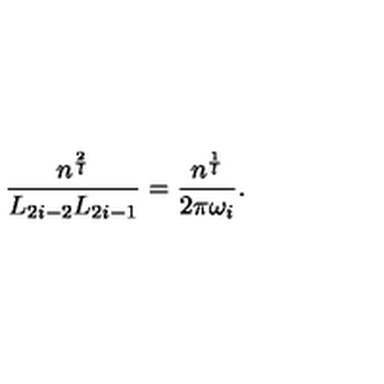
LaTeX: \frac { n ^ { \frac { 2 } { l } } } { L _ { 2 i - 2 } L _ { 2 i - 1 } } = \frac { n ^ { \frac { 1 } { l } } } { 2 \pi \omega _ { i } } .